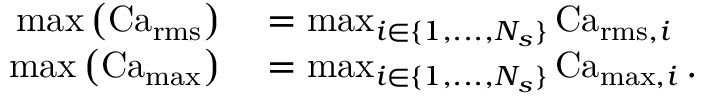
\begin{array} { r l } { \operatorname* { m a x } \left( \operatorname { C a } _ { \operatorname { r m s } } \right) } & { { } = \operatorname* { m a x } _ { i \in \{ 1 , . . . , N _ { s } \} } \operatorname { C a } _ { \operatorname { r m s } , i } } \\ { \operatorname* { m a x } \left( \operatorname { C a } _ { \operatorname* { m a x } } \right) } & { { } = \operatorname* { m a x } _ { i \in \{ 1 , . . . , N _ { s } \} } \operatorname { C a } _ { \operatorname* { m a x } , i } . } \end{array}